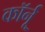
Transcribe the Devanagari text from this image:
कॉर्नू